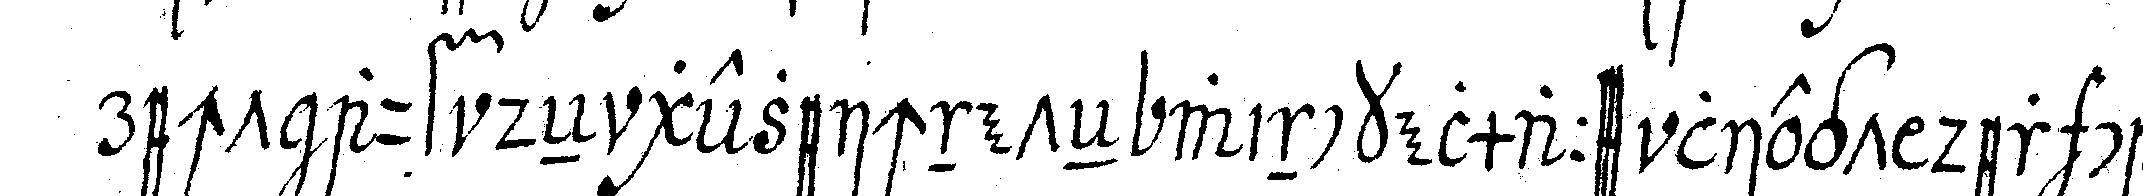
recht auf deN gezeichneteN winckelmaass liegt der can